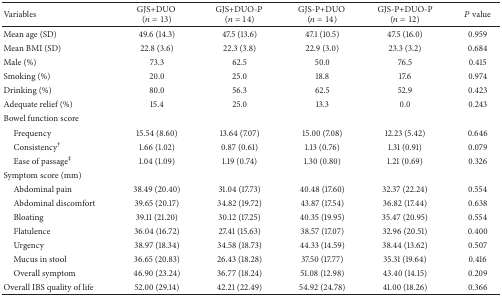
<table><thead><tr><td><b>Variables</b></td><td><b>GJS+DUO (<i>n</i> = 13)</b></td><td><b>GJS+DUO-P (<i>n</i> = 14)</b></td><td><b>GJS-P+DUO (<i>n</i> = 14)</b></td><td><b>GJS-P+DUO-P(<i>n</i> = 12)</b></td><td><b><i>P</i> value</b></td></tr></thead><tbody><tr><td>Mean age (SD)</td><td>49.6 (14.3)</td><td>47.5 (13.6)</td><td>47.1 (10.5)</td><td>47.5 (16.0)</td><td>0.959</td></tr><tr><td>Mean BMI (SD)</td><td>22.8 (3.6)</td><td>22.3 (3.8)</td><td>22.9 (3.0)</td><td>23.3 (3.2)</td><td>0.684</td></tr><tr><td>Male (%)</td><td>73.3</td><td>62.5</td><td>50.0</td><td>76.5</td><td>0.415</td></tr><tr><td>Smoking (%)</td><td>20.0</td><td>25.0</td><td>18.8</td><td>17.6</td><td>0.974</td></tr><tr><td>Drinking (%)</td><td>80.0</td><td>56.3</td><td>62.5</td><td>52.9</td><td>0.423</td></tr><tr><td>Adequate relief (%)</td><td>15.4</td><td>25.0</td><td>13.3</td><td>0.0</td><td>0.243</td></tr><tr><td>Bowel function score</td><td> </td><td> </td><td> </td><td> </td><td> </td></tr><tr><td> Frequency</td><td>15.54 (8.60)</td><td>13.64 (7.07)</td><td>15.00 (7.08)</td><td>12.23 (5.42)</td><td>0.646</td></tr><tr><td> Consistency<sup>†</sup></td><td>1.66 (1.02)</td><td>0.87 (0.61)</td><td>1.13 (0.76)</td><td>1.31 (0.91)</td><td>0.079</td></tr><tr><td> Ease of passage<sup>‡</sup></td><td>1.04 (1.09)</td><td>1.19 (0.74)</td><td>1.30 (0.80)</td><td>1.21 (0.69)</td><td>0.326</td></tr><tr><td>Symptom score (mm)</td><td> </td><td> </td><td> </td><td> </td><td> </td></tr><tr><td> Abdominal pain</td><td>38.49 (20.40)</td><td>31.04 (17.73)</td><td>40.48 (17.60)</td><td>32.37 (22.24)</td><td>0.554</td></tr><tr><td> Abdominal discomfort</td><td>39.65 (20.17)</td><td>34.82 (19.72)</td><td>43.87 (17.54)</td><td>36.82 (17.44)</td><td>0.638</td></tr><tr><td> Bloating</td><td>39.11 (21.20)</td><td>30.12 (17.25)</td><td>40.35 (19.95)</td><td>35.47 (20.95)</td><td>0.554</td></tr><tr><td> Flatulence</td><td>36.04 (16.72)</td><td>27.41 (15.63)</td><td>38.57 (17.07)</td><td>32.96 (20.51)</td><td>0.400</td></tr><tr><td> Urgency</td><td>38.97 (18.34)</td><td>34.58 (18.73)</td><td>44.33 (14.59)</td><td>38.44 (13.62)</td><td>0.507</td></tr><tr><td> Mucus in stool</td><td>36.65 (20.83)</td><td>26.43 (18.28)</td><td>37.50 (17.77)</td><td>35.31 (19.64)</td><td>0.416</td></tr><tr><td> Overall symptom</td><td>46.90 (23.24)</td><td>36.77 (18.24)</td><td>51.08 (12.98)</td><td>43.40 (14.15)</td><td>0.209</td></tr><tr><td>Overall IBS quality of life</td><td>52.00 (29.14)</td><td>42.21 (22.49)</td><td>54.92 (24.78)</td><td>41.00 (18.26)</td><td>0.366</td></tr></tbody></table>